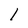
Character: l